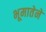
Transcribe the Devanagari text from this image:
भूमातेने